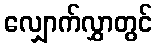
လျှောက်လွှာတွင်